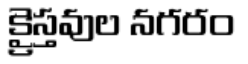
క్రైస్తవుల నగరం